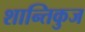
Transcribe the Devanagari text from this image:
शान्तिकुज